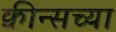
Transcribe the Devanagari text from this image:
क्वीन्सच्या